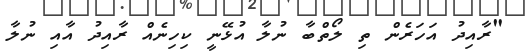
"ރާއިދު އަހަރެން ތި ލޯތްބާ ނުލާ އުޅޭނީ ކިހިނެއް ރާއިދު އާއި ނުލާ